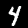
Label: 4